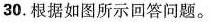
30.根据如图所示回答问题。